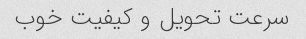
سرعت تحویل و کیفیت خوب